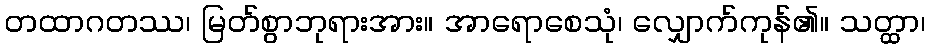
တထာဂတဿ၊ မြတ်စွာဘုရားအား။ အာရောစေသုံ၊ လျှောက်ကုန်၏။ သတ္ထာ၊